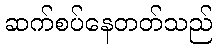
ဆက်စပ်နေတတ်သည်